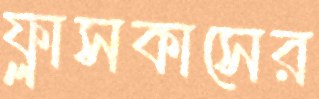
ফ্লাসকাসের